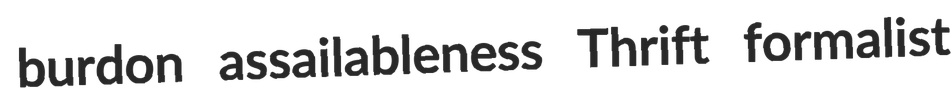
burdon assailableness Thrift formalist